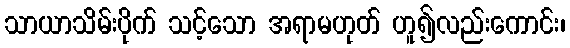
သာယာသိမ်းပိုက် သင့်သော အရာမဟုတ် ဟူ၍လည်းကောင်း၊